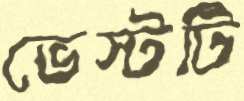
ভেস্টটি